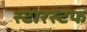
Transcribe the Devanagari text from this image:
स्टारस्टफ